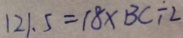
1 2 1 . 5 = 1 8 \times B C \div 2